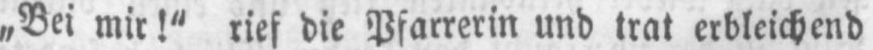
„Bei mir!“ rief die Pfarrerin und trat erbleichend